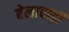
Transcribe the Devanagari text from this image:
बेलावाड़ी